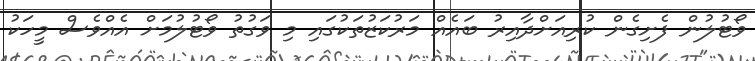
ވޯޓުލުން ފެށިގެން ކުރިއަށްދާއިރު ބައެއް މަރުކަޒުތަކުގައި މި ވަގުތު ވޯޓުލުމަށް އެއްވެސް މީހަކު